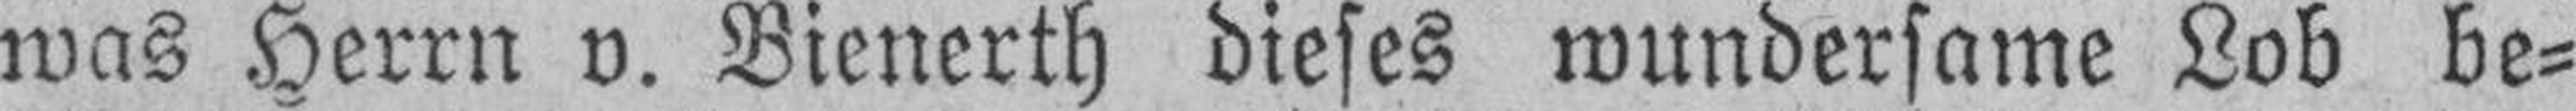
was Herrn v. Bienerth dieses wundersame Lob be¬